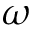
\omega